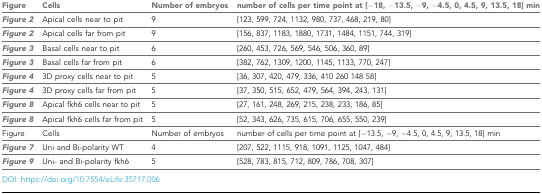
<table><thead><tr><td><b>Figure</b></td><td><b>Cells</b></td><td><b>Number of embryos</b></td><td><b>number of cells per time point at [−18, −13.5, −9, −4.5, 0, 4.5, 9, 13.5, 18] min</b></td></tr></thead><tbody><tr><td>Figure 2</td><td>Apical cells near to pit</td><td>9</td><td>[123, 599, 724, 1132, 980, 737, 468, 219, 80]</td></tr><tr><td>Figure 2</td><td>Apical cells far from pit</td><td>9</td><td>[156, 837, 1183, 1880, 1731, 1484, 1151, 744, 319]</td></tr><tr><td>Figure 3</td><td>Basal cells near to pit</td><td>6</td><td>[260, 453, 726, 569, 546, 506, 360, 89]</td></tr><tr><td>Figure 3</td><td>Basal cells far from pit</td><td>6</td><td>[382, 762, 1309, 1200, 1145, 1133, 770, 247]</td></tr><tr><td>Figure 4</td><td>3D proxy cells near to pit</td><td>5</td><td>[36, 307, 420, 479, 336, 410 260 148 58]</td></tr><tr><td>Figure 4</td><td>3D proxy cells far from pit</td><td>5</td><td>[37, 350, 515, 652, 479, 564, 394, 243, 131]</td></tr><tr><td>Figure 8</td><td>Apical fkh6 cells near to pit</td><td>5</td><td>[27, 161, 248, 269, 215, 238, 233, 186, 85]</td></tr><tr><td>Figure 8</td><td>Apical fkh6 cells far from pit</td><td>5</td><td>[52, 343, 626, 735, 615, 706, 655, 550, 239]</td></tr><tr><td>Figure</td><td>Cells</td><td>Number of embryos</td><td>number of cells per time point at [−13.5, −9, −4.5, 0, 4.5, 9, 13.5, 18] min</td></tr><tr><td>Figure 7</td><td>Uni and Bi-polarity WT</td><td>4</td><td>[207, 522, 1115, 918, 1091, 1125, 1047, 484]</td></tr><tr><td>Figure 9</td><td>Uni- and Bi-polarity fkh6</td><td>5</td><td>[528, 783, 815, 712, 809, 786, 708, 307]</td></tr></tbody></table>